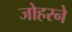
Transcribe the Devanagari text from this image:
जोहरने